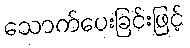
သောက်ပေးခြင်းဖြင့်